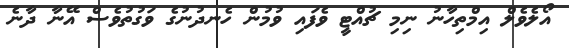
އޯލެވެލް އިމްތިހާނު ނިމި ޗުއްޓީ ވެފައި ވުމުން ހެނދުނުގެ ވަގުތުވެސް އޭނާ ދާނެ